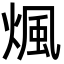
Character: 煈